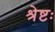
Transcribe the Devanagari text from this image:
श्रेष्टः